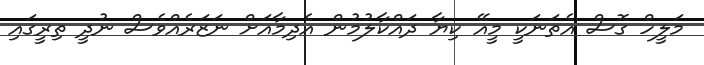
މަލީހް ގޮސް އެތަނަކީ މީއޭ ކިޔާ ދައްކާލުމުން އެދިމާއަށް ނަޒަރެއްވެސް ނުދީ ތިރީގައި